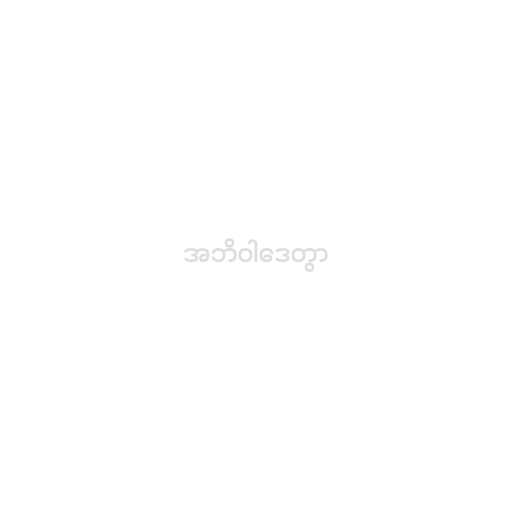
အဘိဝါဒေတွာ